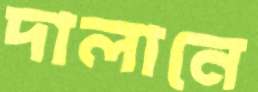
দালানে